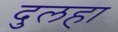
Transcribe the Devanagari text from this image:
दुलहा